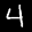
Label: 4